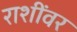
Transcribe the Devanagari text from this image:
राशींवर